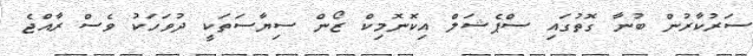
ސަރުކާރުން ބުނާ ގޮތުގައި ސްޕެޝަލް އިކޮނޮމިކް ޒޯން ސިޔާސަތަކީ ދުވަހަކު ވެސް ރާއްޖެ